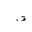
Letter: _fa